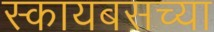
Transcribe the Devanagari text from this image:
स्कायबसच्या